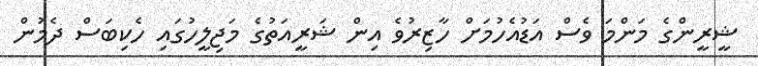
ޝީރީންގެ މަންމަ ވެސް އަޑުއެހުމަށް ހާޒިރުވެ އިން ޝަރީއަތުގެ މަޖިލީހުގައި ހެކިބަސް ދެމުން